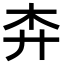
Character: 𢌶